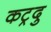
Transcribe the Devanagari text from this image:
कट्रदु